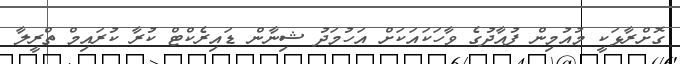
ގޮށްރާޅަކީ މުއުމިން ފުއާދުގެ ވާހަކައަކަށް އަހުމަދު ޝިނާން ޑައިރެކްޓް ކުރާ ކުރައިމް ތްރީލާ